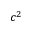
c ^ { 2 }